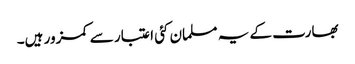
بھارت کے یہ مسلمان کئی اعتبار سے کمزور ہیں۔